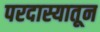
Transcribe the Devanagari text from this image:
परदास्यातून